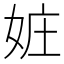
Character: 㛇